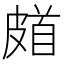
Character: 𩠗